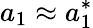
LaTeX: a_{1}\approx a_{1}^{*}